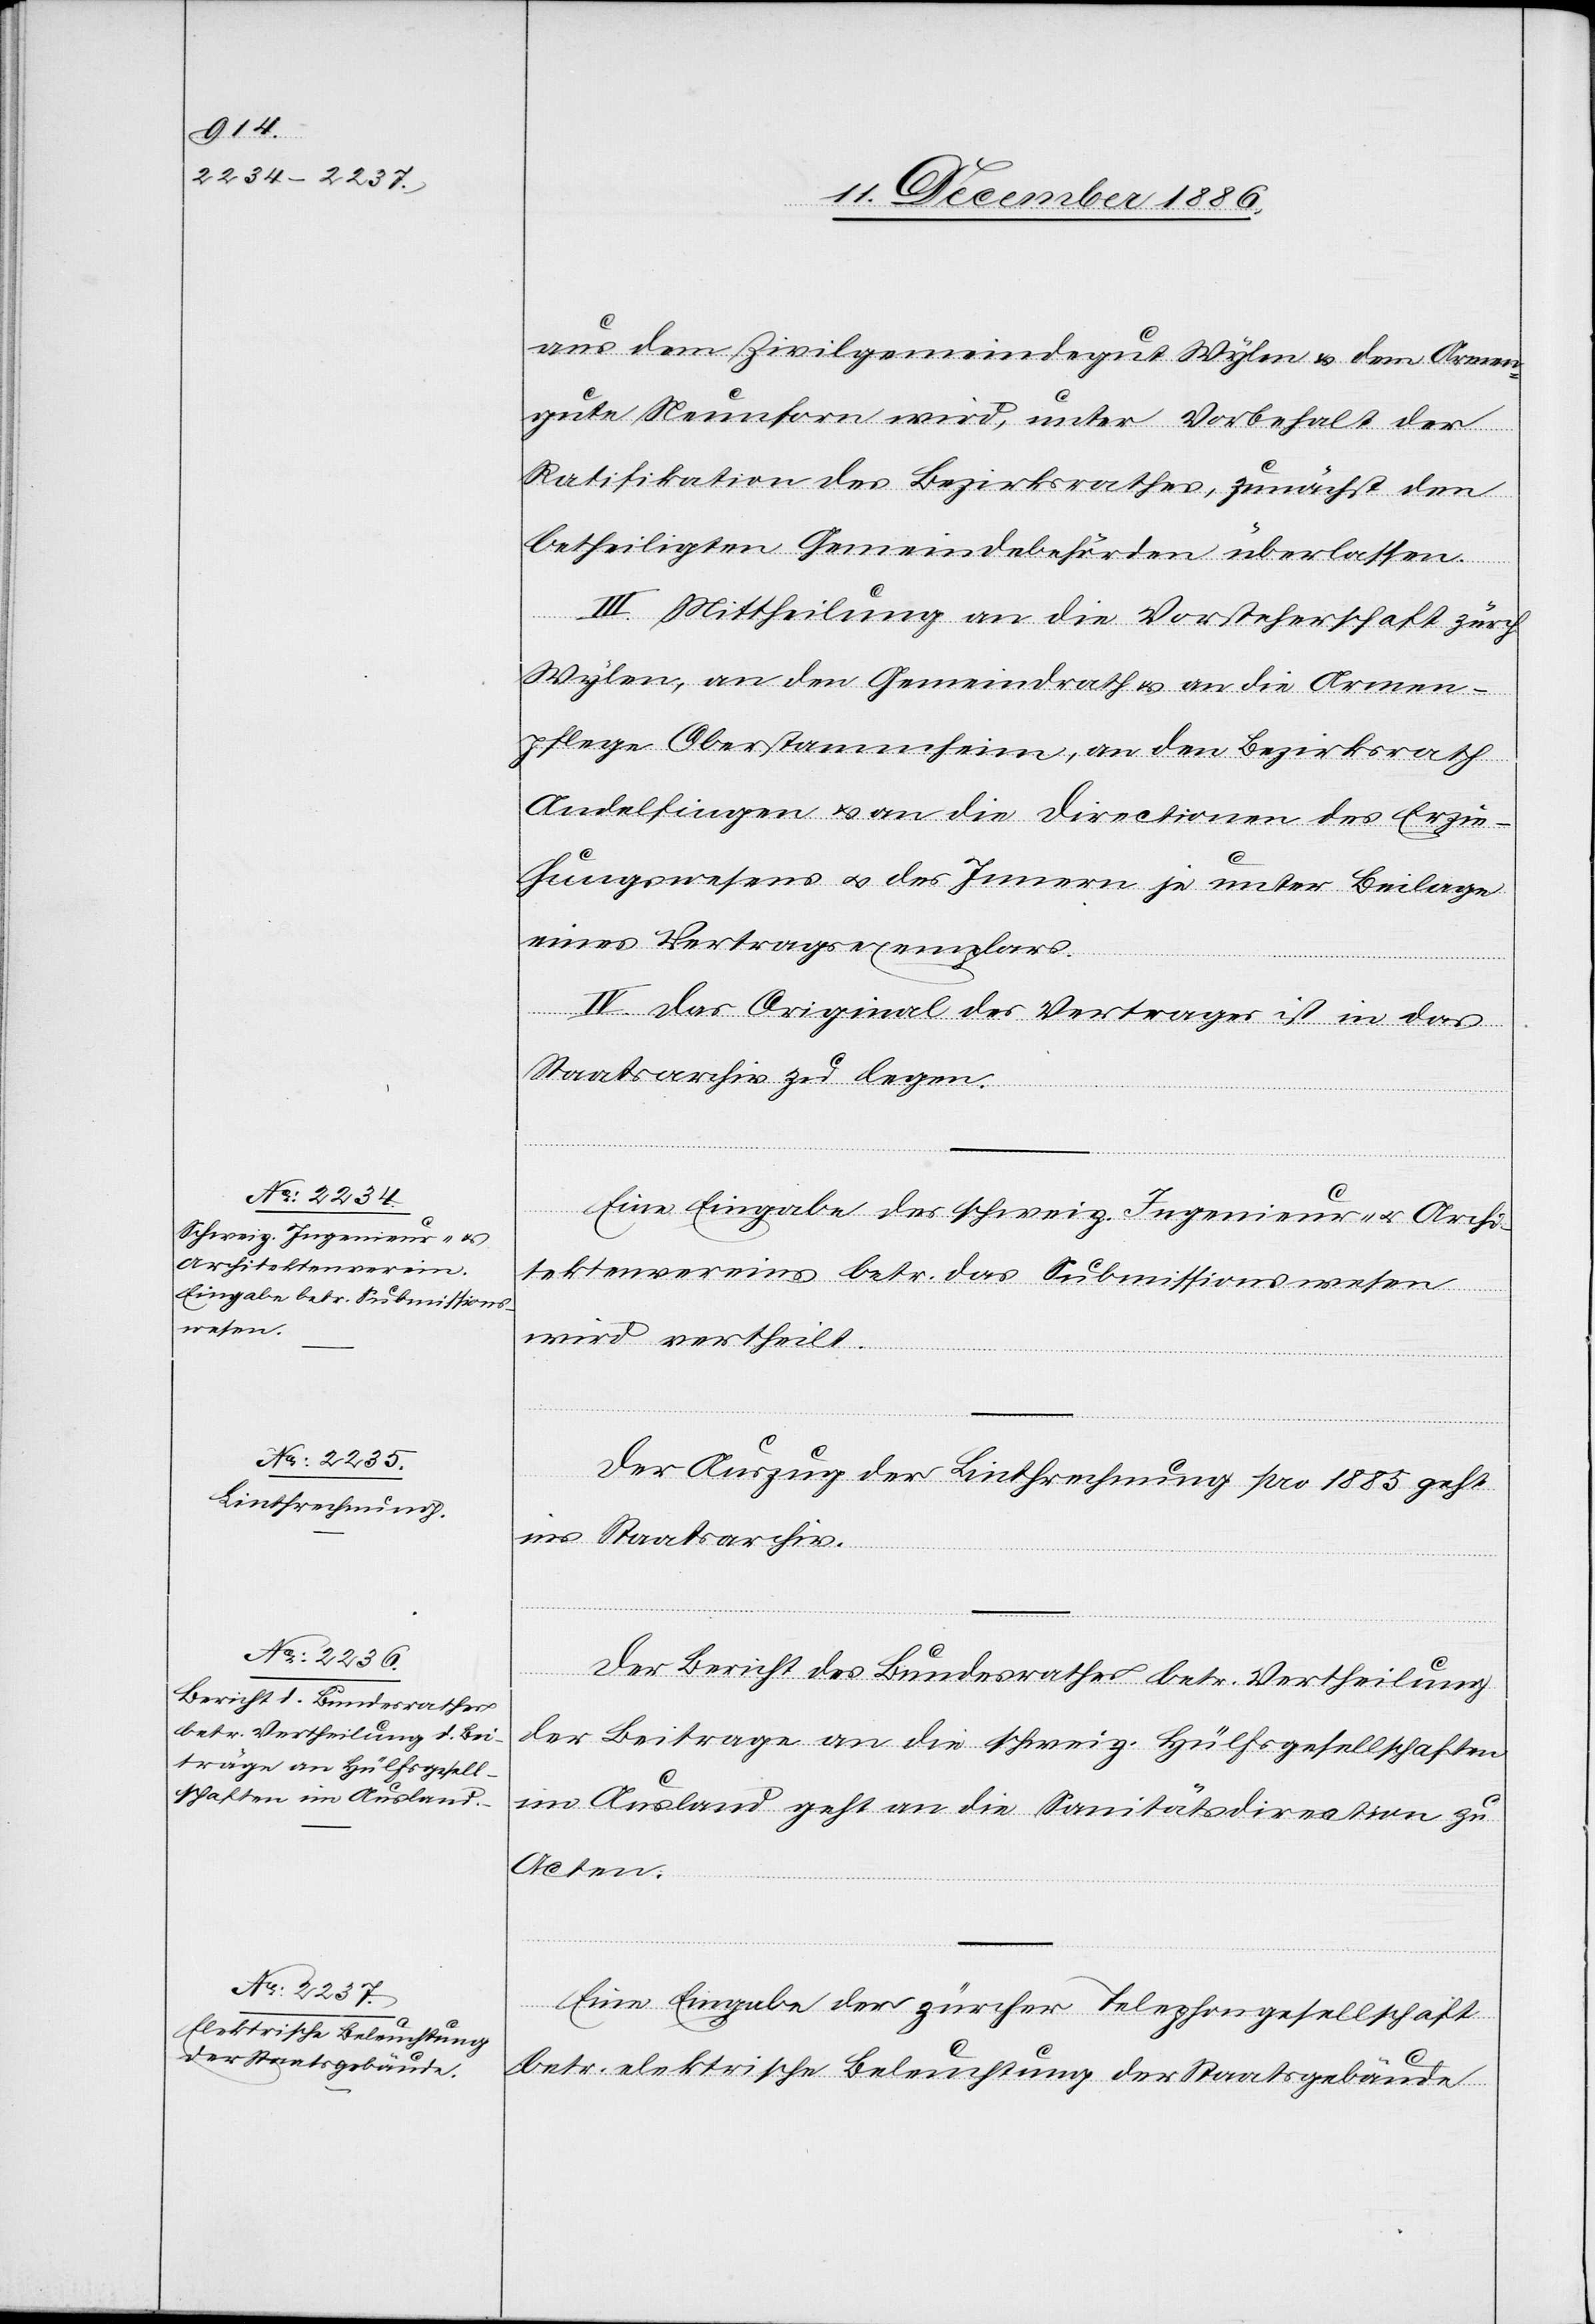
aus dem Zivilgemeindegut Wylen & dem Armen¬
gute Neunforn wird, unter Vorbehalt der
Ratifikation des Bezirksrathes, zunächst den
betheiligten Gemeindebehörden überlassen.
III. Mittheilung an die Vorsteherschaft zürch.
Wylen, an den Gemeindrath & an die Armen¬
pflege Oberstammheim, an den Bezirksrath
Andelfingen & an die Directionen des Erzie¬
hungswesens & des Innern je unter Beilage
eines Vertragsexemplars.
IV. Das Original des Vertrages ist in das
Staatsarchiv zu legen.
Eine Eingabe des schweiz. Ingenieur- & Archi¬
tektenvereins betr. das Submissionswesen
wird ertheilt.
Der Auszug der Linthrechnung pro 1885 geht
ins Staatsarchiv.
Der Bericht des Bundesrathes betr. Vertheilung
der Beitrage [sic!] an die schweiz. Hülfsgesellschaften
im Ausland geht an die Sanitätsdirection zu
Acten.
Eine Eingabe der zürcher Telephongesellschaft
betr. elektrische Beleuchtung der Staatsgebäude